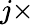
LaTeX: j\times